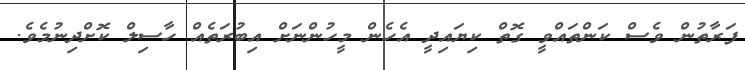
ފަރާތުން ވެސް ކަންތައްވީ ގޮތް ކިޔައިދީ އެހެން މީހުންނަށް އިބުރަތެއް ހާސިލް ކޮށްދިނުމެވެ.